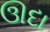
ઊદા